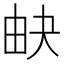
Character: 𤱉